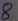
Text: 8